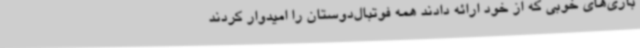
بازی‌های خوبی که از خود ارائه دادند همه فوتبال‌دوستان را امیدوار کردند